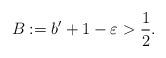
LaTeX: \begin{align*} B := b'+1-\varepsilon > \frac12.\end{align*}